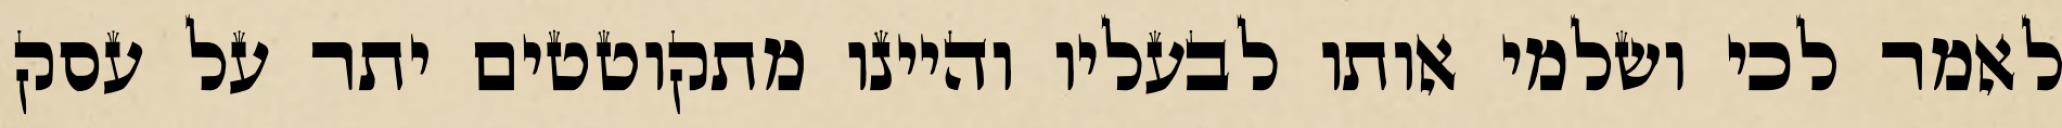
לאמר לכי ושלמי אותו לבעליו והיינו מתקוטטים יתר על עסק